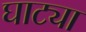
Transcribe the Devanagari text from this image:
घाट्या